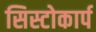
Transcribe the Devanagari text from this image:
सिस्टोकार्प